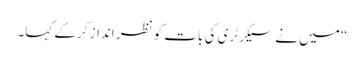
“ میں نے سیکرٹری کی بات کو نظر انداز کر کے کہا۔